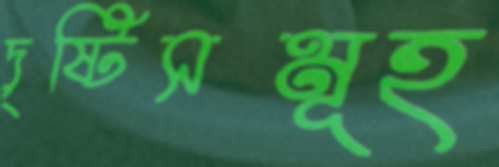
দৃষ্টিসমূহ